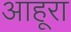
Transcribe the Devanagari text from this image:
आहूरा